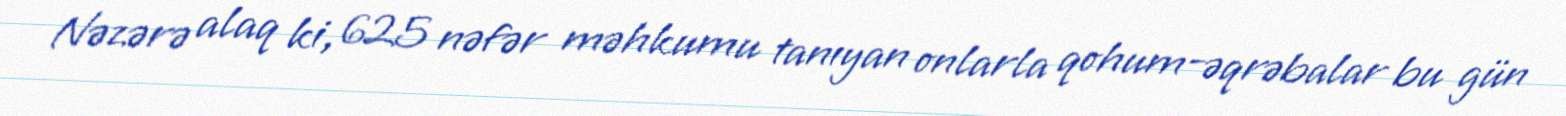
Nəzərə alaq ki, 625 nəfər məhkumu tanıyan onlarla qohum-əqrəbalar bu gün